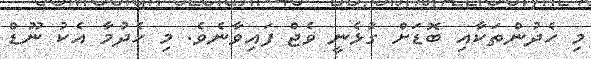
މި ހެދުންތަކާއި ބޮޑަށް ގުޅެނީ ވެޖް ފައިވާނެވެ. މި ހެދުމާ އެކު ނޫޑް